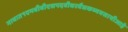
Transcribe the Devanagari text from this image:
गावात१एमबीबीएसपदवीधरवैद्यकव्यवसायीआहे